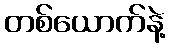
တစ်ယောက်နဲ့